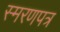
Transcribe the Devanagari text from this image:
स्मरणपत्र